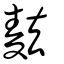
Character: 麮